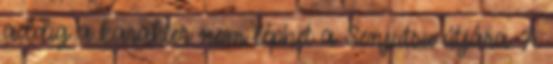
addig a karakter nem léphet a Senjutsu útjára. A